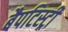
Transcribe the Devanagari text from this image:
बैपटिस्ट्री